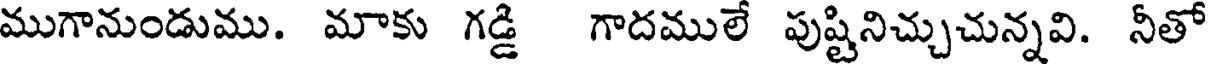
ముగానుండుము. మాకు గడ్డి గాదములే పుష్టినిచ్చుచున్నవి. నీతో